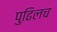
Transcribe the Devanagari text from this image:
पुढिलच